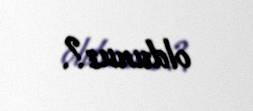
oldunuz?.